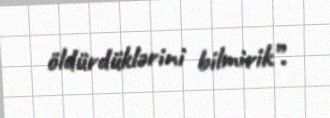
öldürdüklərini bilmirik”.